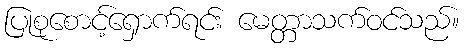
ပြုစုစောင့်ရှောက်ရင်း မေတ္တာသက်ဝင်သည်။